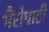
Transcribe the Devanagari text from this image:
भैंरोघाटी